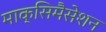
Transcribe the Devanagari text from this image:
माक्सिमैसेशन